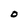
Character: O